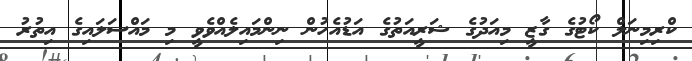
ކްރިމިނަލް ކޯޓުގެ ގާޒީ މިއަދުގެ ޝަރީއަތުގެ އަޑުއެހުން ނިންމައިލެއްވެވީ މި މައްސަލައިގެ އިތުރު